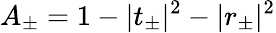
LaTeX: A_{\pm}=1-|t_{\pm}|^{2}-|r_{\pm}|^{2}